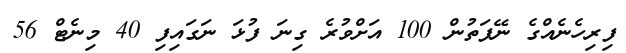
ފިރިހެނެއްގެ ނޭފަތުން 100 އަށްވުރެ ގިނަ ފުޅަ ނަގައިފި 40 މިނެޓް 56